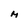
Character: M